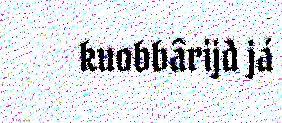
kuobbârijd já